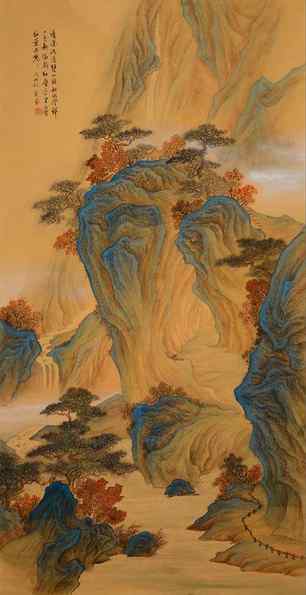
雁啼红叶天，人醉黄花地，芭蕉雨声秋梦里。